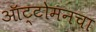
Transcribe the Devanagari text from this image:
ऑट्टोमनचा